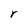
Character: r